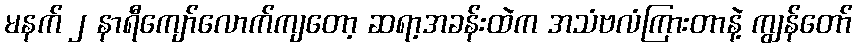
မနက် ၂ နာရီကျော်လောက်ကျတော့ ဆရာ့အခန်းထဲက အသံဗလံကြားတာနဲ့ ကျွန်တော်